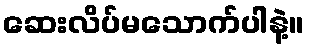
ဆေးလိပ်မသောက်ပါနဲ့။